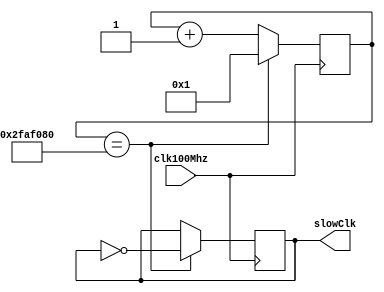
module Divider(clk100Mhz, slowClk);
  input clk100Mhz; //fast clock
  output reg slowClk; //slow clock

  reg[27:0] counter;

  initial begin
    counter = 0;
    slowClk = 0;
  end

  always @ (posedge clk100Mhz)
  begin
    if(counter == 50000000) begin
      counter <= 1;
      slowClk <= ~slowClk;
    end
    else begin
      counter <= counter + 1;
    end
  end

endmodule